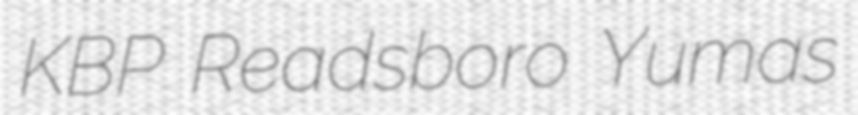
KBP Readsboro Yumas